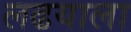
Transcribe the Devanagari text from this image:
लढयाला